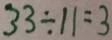
3 3 \div 1 1 = 3